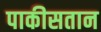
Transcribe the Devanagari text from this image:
पाकीसतान